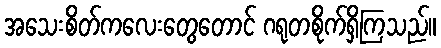
အသေးစိတ်ကလေးတွေတောင် ဂရုတစိုက်ရှိကြသည်။